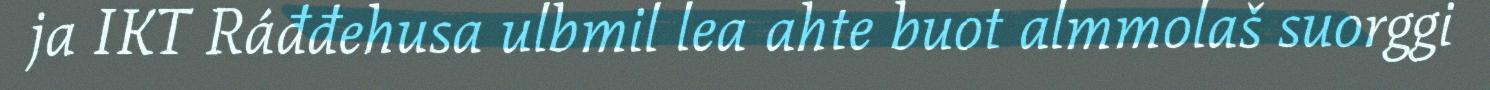
ja IKT Ráđđehusa ulbmil lea ahte buot almmolaš suorggi